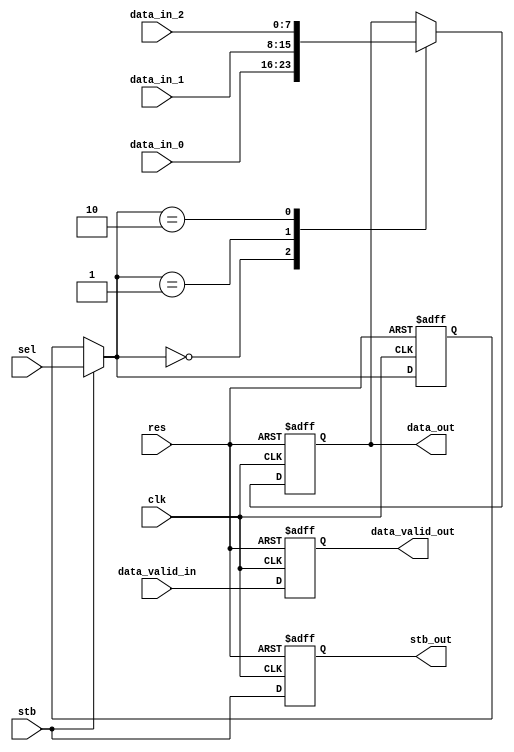
/////////////////////////////////////////////////////////////////////
////                                                             ////
////      This project has been provided to you on behalf of:    ////
////                                                             ////
////      	S.C. ASICArt S.R.L.                              ////
////				www.asicart.com                  ////
////				eli_f@asicart.com                ////
////                                                             ////
////        Mobile: +40-740-936997                               ////
////                                                             ////
////      Downloaded from: http://www.opencores.org/             ////
////                                                             ////
/////////////////////////////////////////////////////////////////////
////                                                             ////
//// Copyright (C) 2007 Dragos Constantin Doncean                ////
////                         www.asicart.com                     ////
////                         doncean@asicart.com                 ////
////                                                             ////
//// This source file may be used and distributed without        ////
//// restriction provided that this copyright statement is not   ////
//// removed from the file and that any derivative work contains ////
//// the original copyright notice and the associated disclaimer.////
////                                                             ////
////     THIS SOFTWARE IS PROVIDED ``AS IS'' AND WITHOUT ANY     ////
//// EXPRESS OR IMPLIED WARRANTIES, INCLUDING, BUT NOT LIMITED   ////
//// TO, THE IMPLIED WARRANTIES OF MERCHANTABILITY AND FITNESS   ////
//// FOR A PARTICULAR PURPOSE. IN NO EVENT SHALL THE AUTHOR      ////
//// OR CONTRIBUTORS BE LIABLE FOR ANY DIRECT, INDIRECT,         ////
//// INCIDENTAL, SPECIAL, EXEMPLARY, OR CONSEQUENTIAL DAMAGES    ////
//// (INCLUDING, BUT NOT LIMITED TO, PROCUREMENT OF SUBSTITUTE   ////
//// GOODS OR SERVICES; LOSS OF USE, DATA, OR PROFITS; OR        ////
//// BUSINESS INTERRUPTION) HOWEVER CAUSED AND ON ANY THEORY OF  ////
//// LIABILITY, WHETHER IN  CONTRACT, STRICT LIABILITY, OR TORT  ////
//// (INCLUDING NEGLIGENCE OR OTHERWISE) ARISING IN ANY WAY OUT  ////
//// OF THE USE OF THIS SOFTWARE, EVEN IF ADVISED OF THE         ////
//// POSSIBILITY OF SUCH DAMAGE.                                 ////
////                                                             ////
/////////////////////////////////////////////////////////////////////


//SELECTOR

module SELECTOR(clk, res, stb,
	sel,
	data_in_0, data_in_1, data_in_2,
	data_valid_in,
	data_out, data_valid_out,
	stb_out);

input clk, res, stb;
input [1:0] sel;
input [7:0] data_in_0, data_in_1, data_in_2;
input data_valid_in;
output [7:0] data_out;
output data_valid_out;
output stb_out;

reg [1:0] reg_sel;
reg [7:0] data_out;
reg data_valid_out;
reg stb_out;

always @ (posedge clk or posedge res)
begin
	if(res)
	begin
		reg_sel = 1'b0;
		data_out = 8'b0;
		data_valid_out = 1'b0;
		stb_out = 1'b0;
	end
	else
	begin
		if(stb)
			reg_sel = sel;
		case(reg_sel[1:0])
				2'b00: data_out = data_in_0;
				2'b01: data_out = data_in_1;
				2'b10: data_out = data_in_2;
		endcase
		data_valid_out = data_valid_in;
		stb_out = stb;
	end
end

endmodule